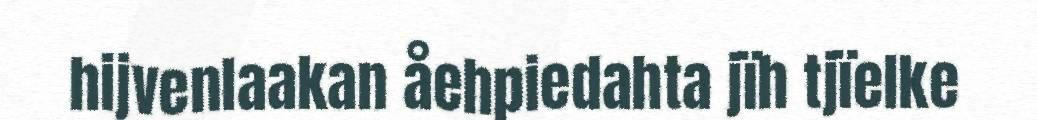
hijvenlaakan åehpiedahta jïh tjïelke